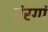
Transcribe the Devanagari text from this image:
तंरगां